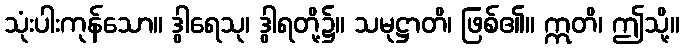
သုံးပါးကုန်သော။ ဒွါရေသု၊ ဒွါရတို့၌။ သမုဋ္ဌာတိ၊ ဖြစ်၏။ ဣတိ၊ ဤသို့။